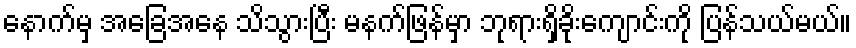
နောက်မှ အခြေအနေ သိသွားပြီး မနက်ဖြန်မှာ ဘုရားရှိခိုးကျောင်းကို ပြန်သယ်မယ်။